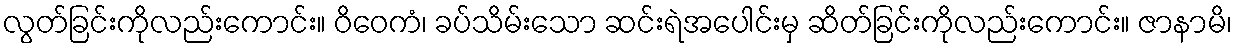
လွတ်ခြင်းကိုလည်းကောင်း။ ဝိဝေကံ၊ ခပ်သိမ်းသော ဆင်းရဲအပေါင်းမှ ဆိတ်ခြင်းကိုလည်းကောင်း။ ဇာနာမိ၊